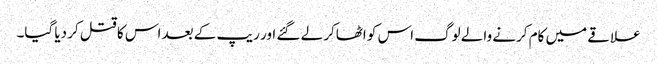
علاقے میں کام کرنے والے لوگ اس کو اٹھاکر لے گئے اور ریپ کے بعد اس کا قتل کر دیا گیا۔